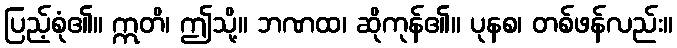
ပြည့်စုံ၏။ ဣတိ၊ ဤသို့။ ဘဏထ၊ ဆိုကုန်၏။ ပုနစ၊ တစ်ဖန်လည်း။